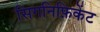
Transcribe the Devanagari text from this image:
सिगनिफ़िकेंट